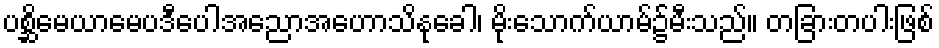
ပစ္ဆိမေယာမေပဒီပေါအညောအဟောသိနုခေါ၊ မိုးသောက်ယာမ်၌မီးသည်။ တခြားတပါးဖြစ်